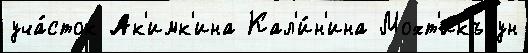
уча́сток Ак'имк'ина Кал'и́н'ина Мохт'икъяун